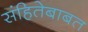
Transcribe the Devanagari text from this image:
संहितेबाबत